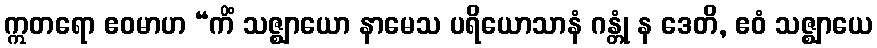
ဣတရော ဧဝမာဟ “ကိံ သဇ္ဈာယော နာမေသ ပရိယောသာနံ ဂန္တုံ န ဒေတိ, ဧဝံ သဇ္ဈာယေ